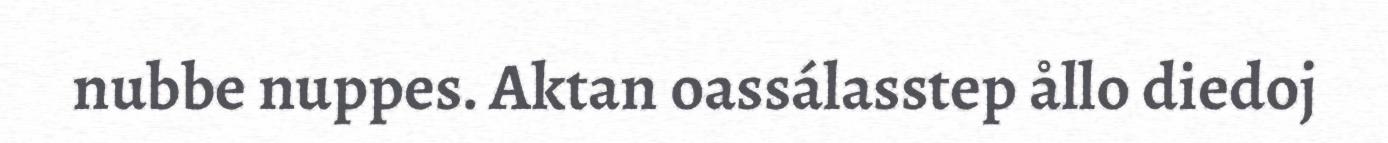
nubbe nuppes. Aktan oassálasstep ållo diedoj